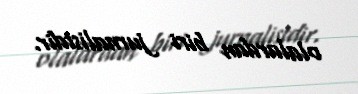
olalardan biri jurnalistdir.